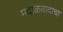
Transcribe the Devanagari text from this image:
मवाळवादाचा